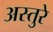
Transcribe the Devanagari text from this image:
अस्तुरे